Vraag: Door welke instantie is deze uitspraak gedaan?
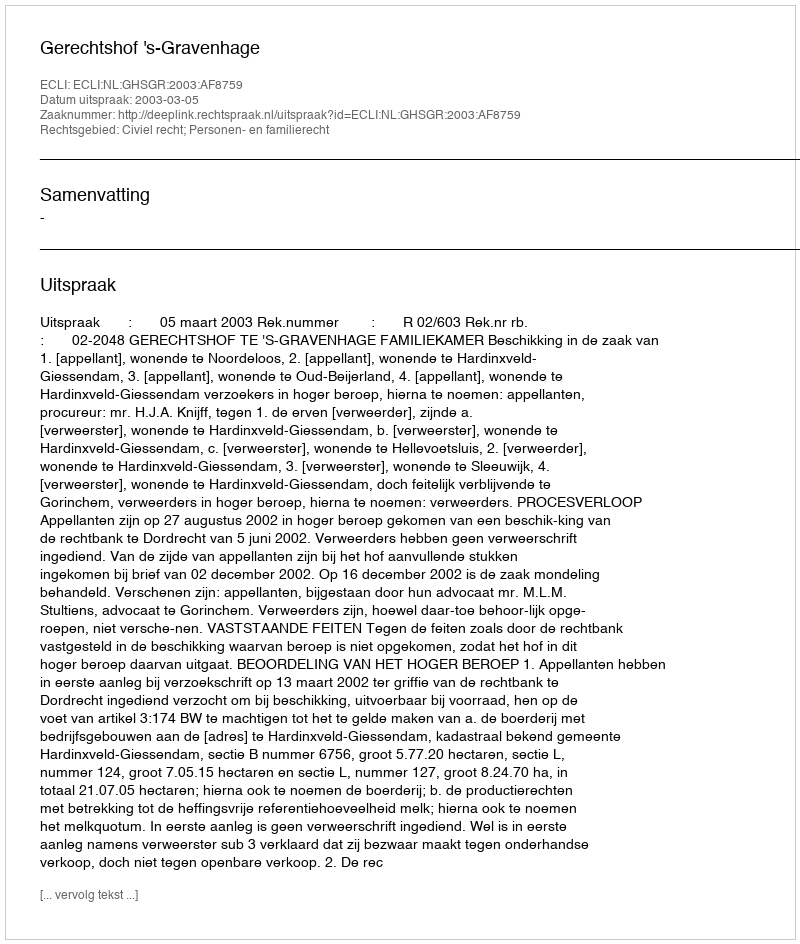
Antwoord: Gerechtshof 's-Gravenhage